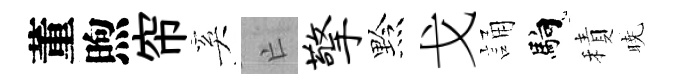
董煦帘奚亡擎黔戈誦馿積暁